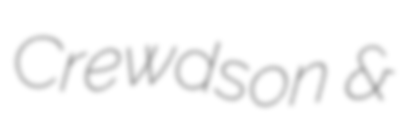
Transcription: Crewdson &